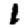
Digit: 1